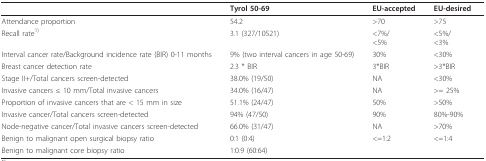
<table><thead><tr><td></td><td><b>Tyrol 50-69</b></td><td><b>EU-accepted</b></td><td><b>EU-desired</b></td></tr></thead><tbody><tr><td>Attendance proportion</td><td>54.2</td><td>&gt;70</td><td>&gt;75</td></tr><tr><td>Recall rate<sup>1)</sup></td><td>3.1 (327/10521)</td><td>&lt;7%/&lt;5%</td><td>&lt;5%/&lt;3%</td></tr><tr><td>Interval cancer rate/Background incidence rate (BIR) 0-11 months</td><td>9% (two interval cancers in age 50-69)</td><td>30%</td><td>&lt;30%</td></tr><tr><td>Breast cancer detection rate</td><td>2.3 * BIR</td><td>3*BIR</td><td>&gt;3*BIR</td></tr><tr><td>Stage II+/Total cancers screen-detected</td><td>38.0% (19/50)</td><td>NA</td><td>&lt;30%</td></tr><tr><td>Invasive cancers ≤ 10 mm/Total invasive cancers</td><td>34.0% (16/47)</td><td>NA</td><td>&gt;= 25%</td></tr><tr><td>Proportion of invasive cancers that are &lt; 15 mm in size</td><td>51.1% (24/47)</td><td>50%</td><td>&gt;50%</td></tr><tr><td>Invasive cancer/Total cancers screen-detected</td><td>94% (47/50)</td><td>90%</td><td>80%-90%</td></tr><tr><td>Node-negative cancer/Total invasive cancers screen-detected</td><td>66.0% (31/47)</td><td>NA</td><td>&gt;70%</td></tr><tr><td>Benign to malignant open surgical biopsy ratio</td><td>0:1 (0:4)</td><td>&lt;=1:2</td><td>&lt;=1:4</td></tr><tr><td>Benign to malignant core biopsy ratio</td><td>1:0.9 (60:64)</td><td></td><td></td></tr></tbody></table>